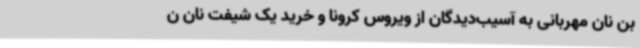
بن نان مهربانی به آسیب‌دیدگان از ویروس کرونا و خرید یک شیفت نان ن